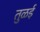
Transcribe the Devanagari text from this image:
तुळई